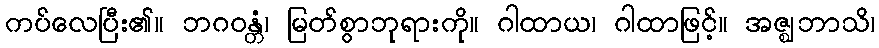
ကပ်လေပြီး၏။ ဘဂဝန္တံ၊ မြတ်စွာဘုရားကို။ ဂါထာယ၊ ဂါထာဖြင့်။ အဇ္ဈဘာသိ၊